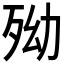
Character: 𣧥